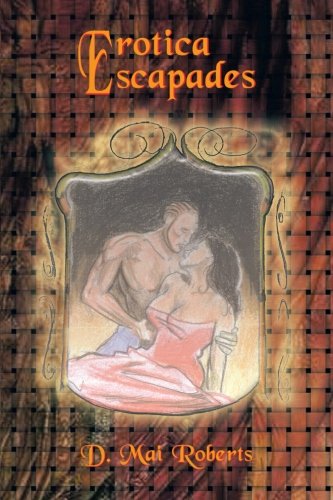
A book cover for Erotica Escapades; D. Mai Roberts; Romance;